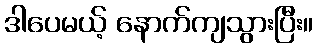
ဒါပေမယ့် နောက်ကျသွားပြီး။